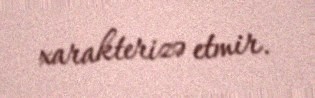
xarakterizə etmir.